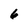
Character: 6